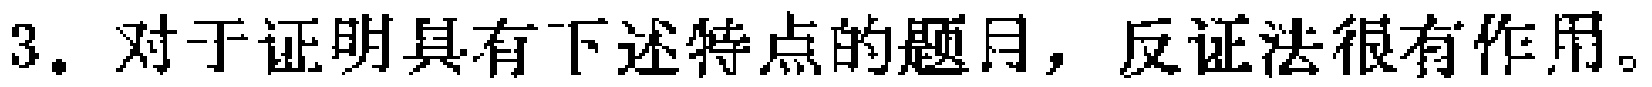
3. 对于证明具有下述特点的题目，反证法很有作用。